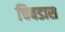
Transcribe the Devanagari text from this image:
चिवडास